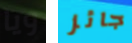
ويا جائز